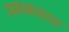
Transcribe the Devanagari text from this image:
उसळतात